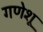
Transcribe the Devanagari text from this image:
गणेशू